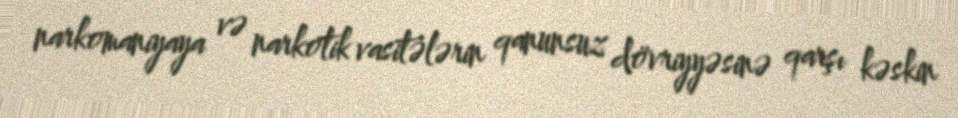
narkomaniyaya və narkotik vasitələrin qanunsuz dövriyyəsinə qarşı kəskin